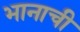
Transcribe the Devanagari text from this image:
भानाची